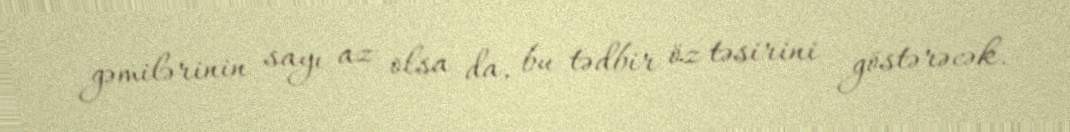
gəmilərinin sayı az olsa da, bu tədbir öz təsirini göstərəcək.